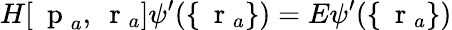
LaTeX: H[\mathrm{~\mathbf~p~}_{a},\mathrm{~\mathbf~r~}_{a}]\psi^{\prime}(\{ \mathrm{~\mathbf~r~}_{a}\} )=E\psi^{\prime}(\{ \mathrm{~\mathbf~r~}_{a}\} )